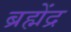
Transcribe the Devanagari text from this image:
ब्रह्मेंद्र